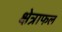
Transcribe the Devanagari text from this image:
क्षेत्राफल